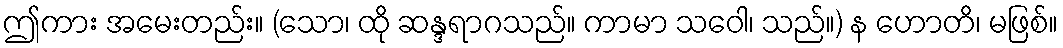
ဤကား အမေးတည်း။ (သော၊ ထို ဆန္ဒရာဂသည်။ ကာမာ သဝေါ၊ သည်။) န ဟောတိ၊ မဖြစ်။